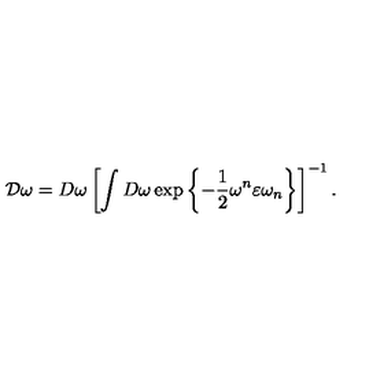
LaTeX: { \cal D } \omega = D \omega \left[ \int D \omega \exp \left\{ - \frac { 1 } { 2 } \omega ^ { n } \varepsilon \omega _ { n } \right\} \right] ^ { - 1 } .